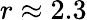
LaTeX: r\approx 2.3